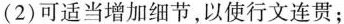
(2)可适当增加细节，以使行文连贯；